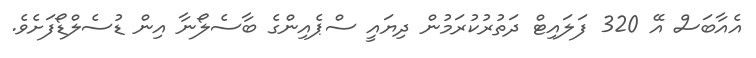
އެއާބަސް އޭ 320 ފަލައިޓް ދަތުރުކުރަމުން ދިޔައީ ސްޕެއިންގެ ބާސެލޯނާ އިން ޑުސެލްޑޯފަށެވެ.